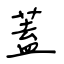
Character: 蓋